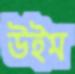
উইম